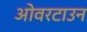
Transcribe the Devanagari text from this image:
ओवरटाउन